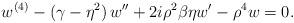
LaTeX: \begin{align*}w^{(4)}-(\gamma-\eta^2)\,w''+2i\rho^2\beta\eta w'-\rho^4w=0.\end{align*}